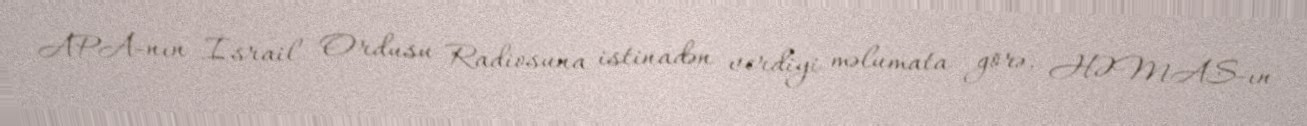
APA-nın İsrail Ordusu Radiosuna istinadən verdiyi məlumata görə, HƏMAS-ın